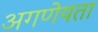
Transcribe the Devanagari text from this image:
अगणेयता